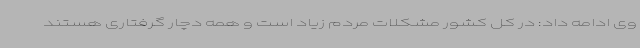
وی ادامه داد: در کل کشور مشکلات مردم زیاد است و همه دچار گرفتاری هستند